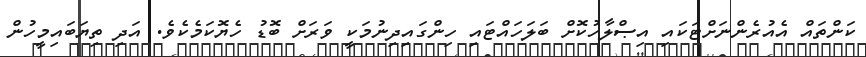
ކަންތައް އެއުރެންނަށްޓަކައި އިޞްލާހުކޮށް ބަލަހައްޓައި ހިންގައިދިނުމަކީ ވަރަށް ބޮޑު ހެޔޮކަމެކެވެ. އަދި ތިޔަބައިމީހުން